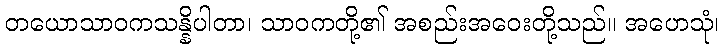
တယောသာဝကသန္နိပါတာ၊ သာဝကတို့၏ အစည်းအဝေးတို့သည်။ အဟေသုံ၊